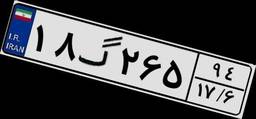
۸۵گ۰۳۱۱۴